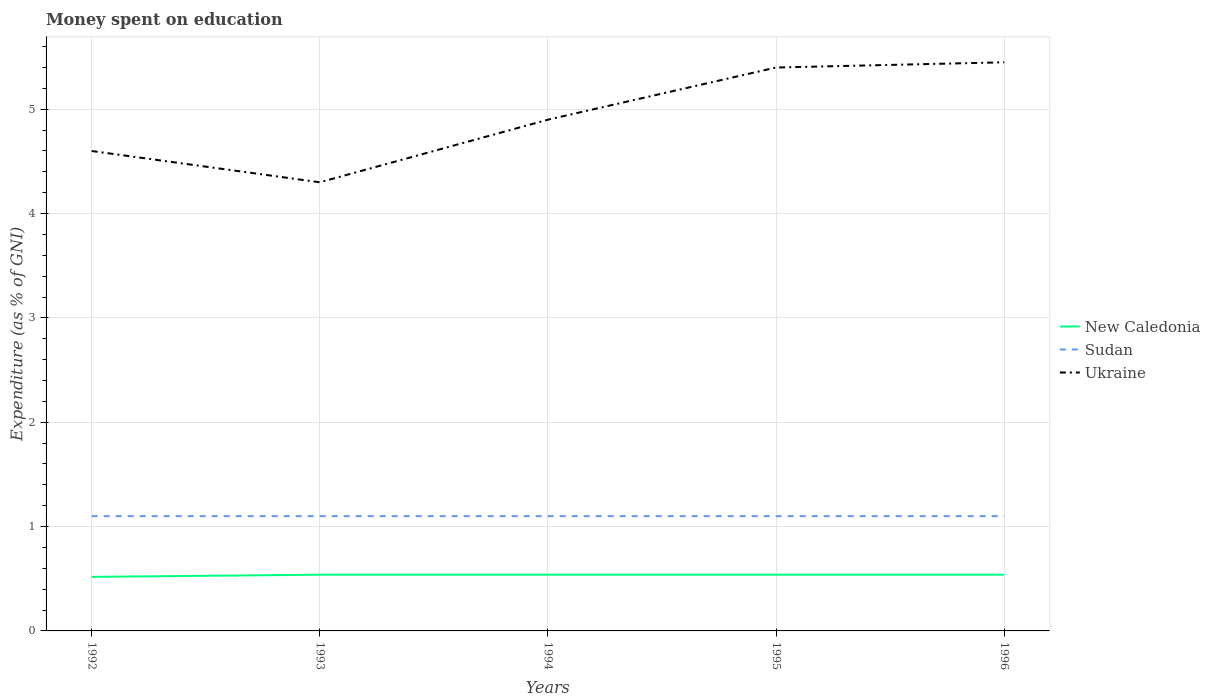
| Years | New Caledonia | Sudan | Ukraine |
 | --- | --- | --- | --- |
 | 1992 | 0.518 | 1.1 | 4.6 |
 | 1993 | 0.539 | 1.1 | 4.3 |
 | 1994 | 0.539 | 1.1 | 4.9 |
 | 1995 | 0.539 | 1.1 | 5.4 |
 | 1996 | 0.539 | 1.1 | 5.45 |